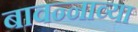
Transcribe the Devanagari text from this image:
बावन्नाव्या